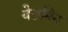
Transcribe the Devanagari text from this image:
वेरामिन